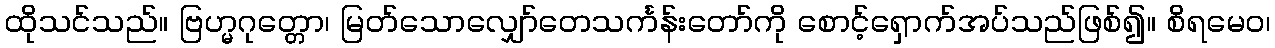
ထိုသင်သည်။ ဗြဟ္မဂုတ္တော၊ မြတ်သောလျှော်တေသင်္ကန်းတော်ကို စောင့်ရှောက်အပ်သည်ဖြစ်၍။ စိရမေဝ၊